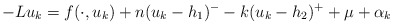
\begin{align*}-Lu_{k}=f(\cdot, u_{k})+ n(u_{k}-h_{1})^{-}-k(u_{k}-h_{2})^{+}+ \mu+\alpha_{k}\end{align*}